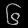
Digit: ၆